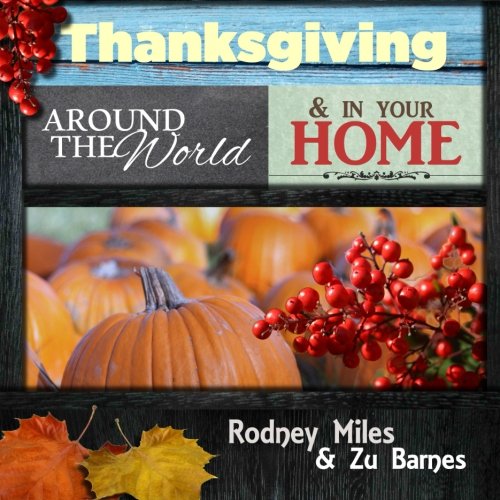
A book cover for Thanksgiving Around the World and in Your Home; Rodney Miles; Cookbooks, Food & Wine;